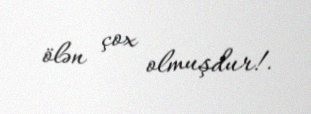
ölən çox olmuşdur!.